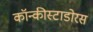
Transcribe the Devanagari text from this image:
कॉन्कीस्टाडोरस